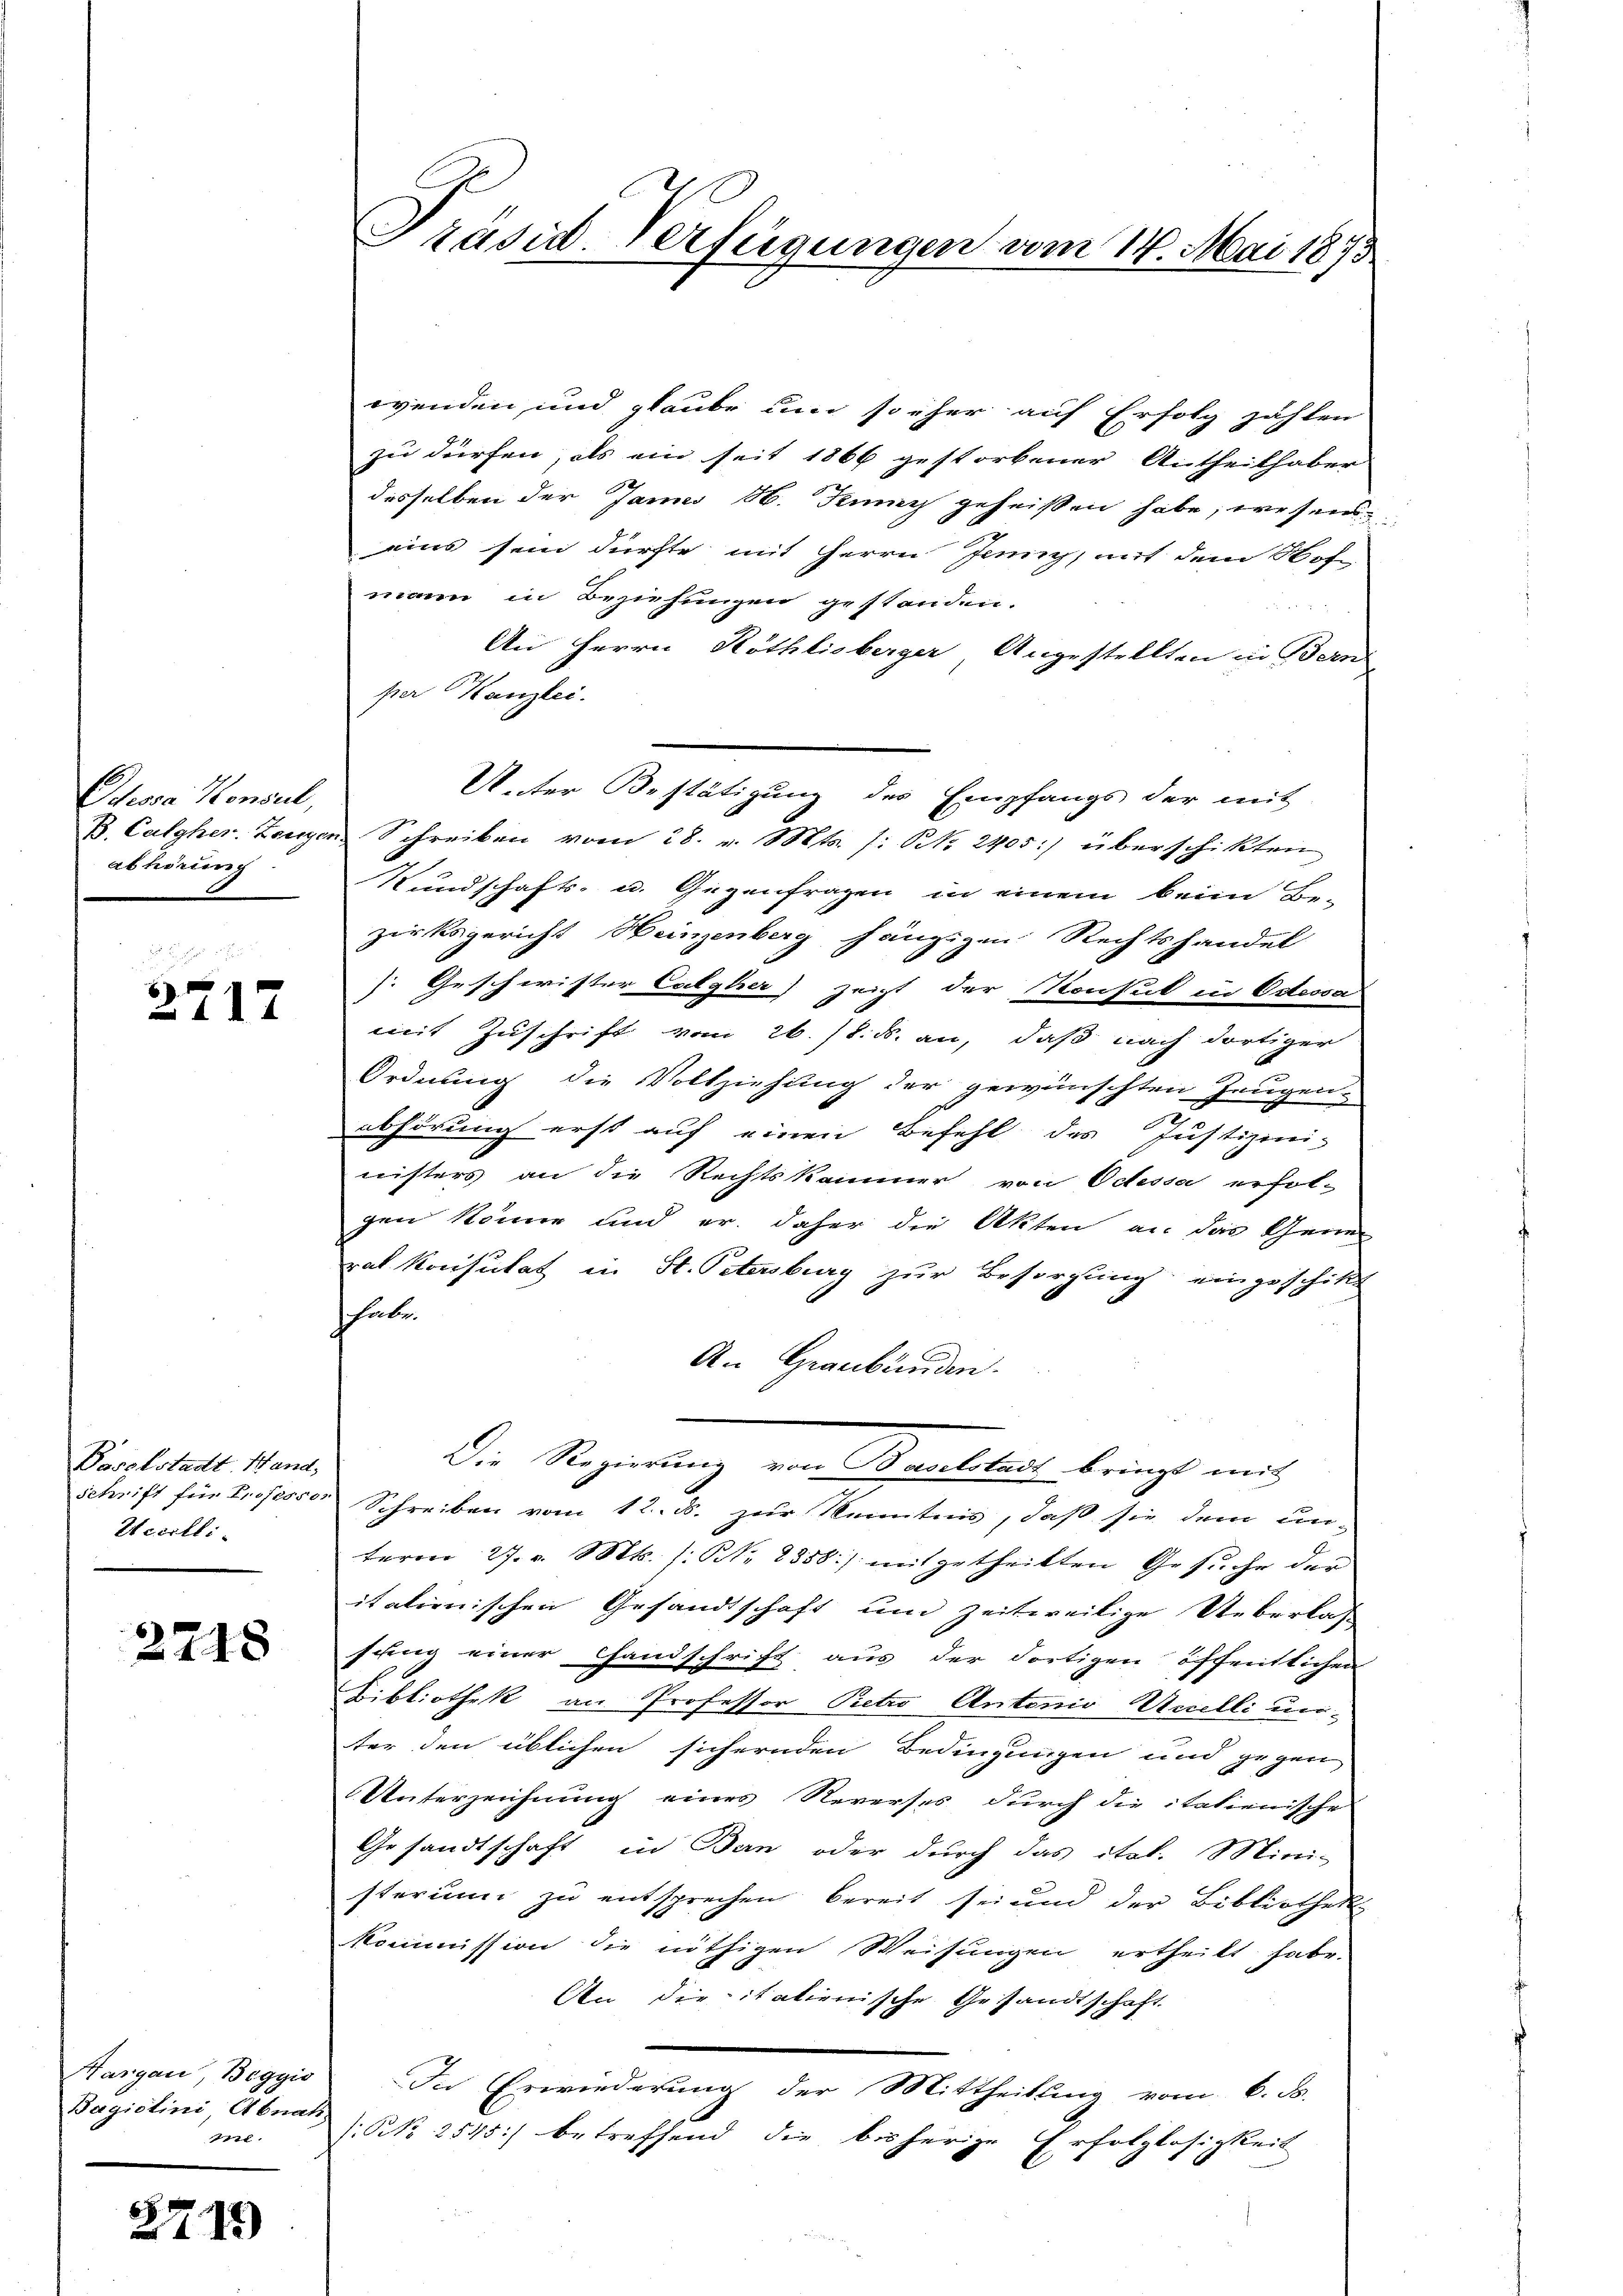
Ohesia Konsul,
B. Calgher. Zeugen
abhörung

2717

Paselstadt. Hand,
Schrift für Profess.
Eccilli-

2748

Hargau, Beggis
Bagictini Abnats
rze.

2745)

Prasid Verfügungen vom 14. Mai 1873

wenden und glaube um so eher auf Erfolg zählen
zu dürfen, als ein seit 1866 gestorbener Antheilhaber
desselben der Jann 16. Juny geheißen habe, wesen
eins sein dürfte mit Herrn Jung, mit dem Hof-
mann in Beziehungen gestanden.
An Herrn Röthlisberger Angestellten in Bern
per Kanzlei.
Schreiben vom 28. v. Mts. (: No. 2405: überschikten
Wundschafts- u. Gegenfragen in einem beim Be-
zirksgericht Heinzenberg hängigen Rechtshandel
: Geschwister Catyher) zeigt der Konsul in Odessa
mit Zuschrift vom 26./8. ds. an, daß nach dortiger
Ordnung die Vollziehung der gewünschten Zeugen-
abhörung erst auf einen Befehl des Justizmi-
nisters an die Rechtskammer von Odessa erfol-
gen könne und er daher die Akten an das Gener
rat Konsulat in St. Petersburg zur Besorgung eingeschikt
shabe
An Graubünden.
Die Regierung von Baselstadt bringt mit
Schreiben vom 12. d. zur Kenntnis, daß sie dem un-
term 27. v. Mts. s. N. 2358) mitgetheilten Gesuche der
italienischen Gesandtschaft um zeitweilige Ueberlas
sung einer Handschrift aus der dortigen öffentlichen
Bibliothek an Professor Pietro Antonio Anilli unter den üblichen sichernden Bedingungen und gegen
Unterzeichnung eines Reverses durch die italienische
Gesandtschaft in Ban oder durch das ital. Mini-
sterum zu entsprechen bereit sei und der Bibliotheke
kommission die nöthigen Weisungen ertheilt habe.
An die italienische Gesandtschaft.
In Erwiederung der Mittheilung vom 6. B.
NNo. 2545) betreffend die bisherige Erfolglosigkeit
.

Unter Bestätigung des Empfangs der mit